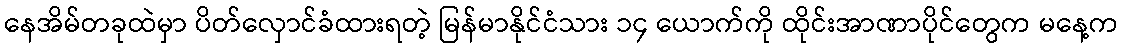
နေအိမ်တခုထဲမှာ ပိတ်လှောင်ခံထားရတဲ့ မြန်မာနိုင်ငံသား ၁၄ ယောက်ကို ထိုင်းအာဏာပိုင်တွေက မနေ့က